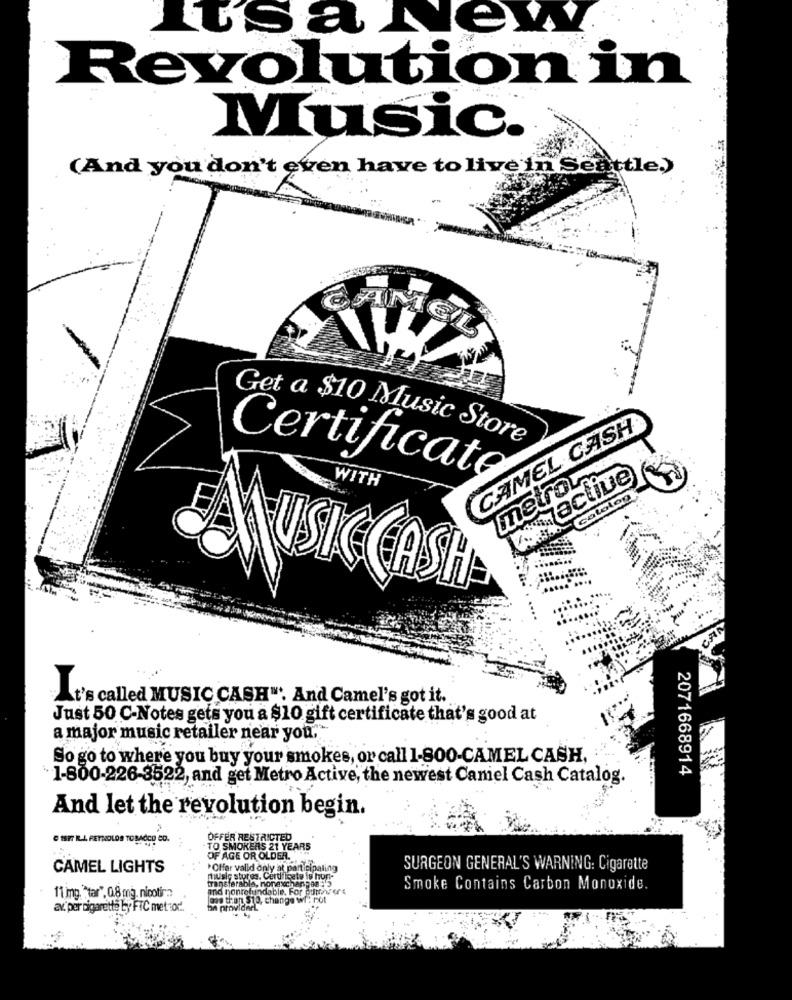
It's a Newy.
Revolution in
Music.
(And you don't even have to live in Seattle.)
CAMEL CASH
Get a $10 Music Store
metro ...
active
Certificate
WITH
Gotolon
CASH
..
It's called MUSIC CASH". And Camel's got it.
Just 50 C-Notes gets you a $10 gift certificate that's good at
a major music retailer near you,
So go to where you buy your smokes, or call 1-800-CAMEL CASH,
2071668914
1-800-226-3522, and get Metro Active, the newest Caniel Cash Catalog.
And let the revolution begin.
C ISIT ILA REYNOLDS TOBACCO CO.
OFFER RESTRICTED
TO SMOKERS 21 YEARS
OF AGE OR OLDER.
CAMEL LIGHTS
*Offer valld only at participating
SURGEON GENERAL'S WARNING: Cigarette
music stores. Certificate is hop-
transferable, nonexchangeaf
1'1 mg. tar". 0.8 mg. nicotin?
and nonrefundable, For putting ere
Smoke Contains Carbon Monoxide.
os thon $10, change wl : not
av. per cigarette by FIC met :od.